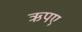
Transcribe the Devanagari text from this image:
ऋपए